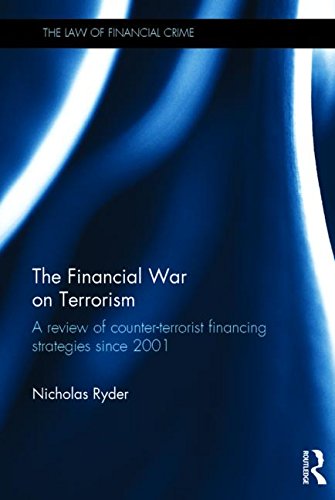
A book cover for The Financial War on Terrorism: A Review of Counter-Terrorist Financing Strategies Since 2001 (The Law of Financial Crime); Nicholas Ryder; Law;